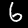
Label: 6